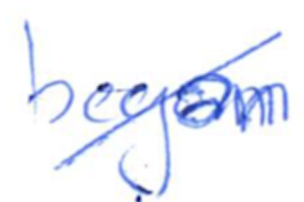
Text: began
Cross-out: diagonal
Writing tool: ballpoint